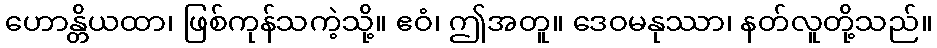
ဟောန္တိယထာ၊ ဖြစ်ကုန်သကဲ့သို့။ ဧဝံ၊ ဤအတူ။ ဒေဝမနုဿာ၊ နတ်လူတို့သည်။